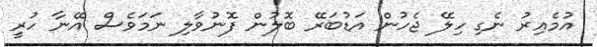
އުމެއިރު ނެގި ހިލޭ ޖެހުން އަޑުބަރޭ ބޮލުން ފޮނުވާލި ނަމަވެސް އޭނާ ހުރީ